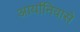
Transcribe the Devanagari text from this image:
आर्यानिवासे